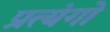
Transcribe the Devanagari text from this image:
प्रत्यंगो